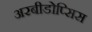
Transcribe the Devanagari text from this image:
अरबीडोप्सिस